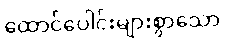
ထောင်ပေါင်းများစွာသော